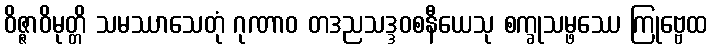
ဝိဇ္ဇာဝိမုတ္တိ သမဿာသေတုံ ဂုဏာဝ တဒညသဒ္ဒဝစနီယေသု စက္ခုသမ္ဖဿေ ကြုဗ္ဗေထ